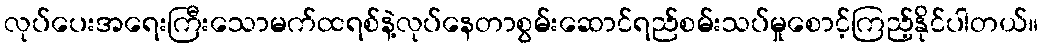
လုပ်ပေးအရေးကြီးသောမက်ထရစ်နဲ့လုပ်နေတာစွမ်းဆောင်ရည်စမ်းသပ်မှုစောင့်ကြည့်နိုင်ပါတယ်။